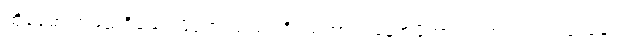
ထိုခေမာ အမည်ရှိသော မိဖုရားသည်။ ဒိဝသဘာဂံ၊ နေ့အဖို့ကာလပတ်လုံး။ ဥယျာနေ၊